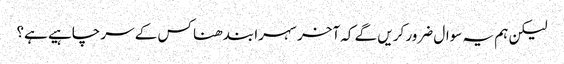
لیکن ہم یہ سوال ضرور کریں گے کہ آخر سہرا بندھنا کس کے سر چاہیے ہے؟